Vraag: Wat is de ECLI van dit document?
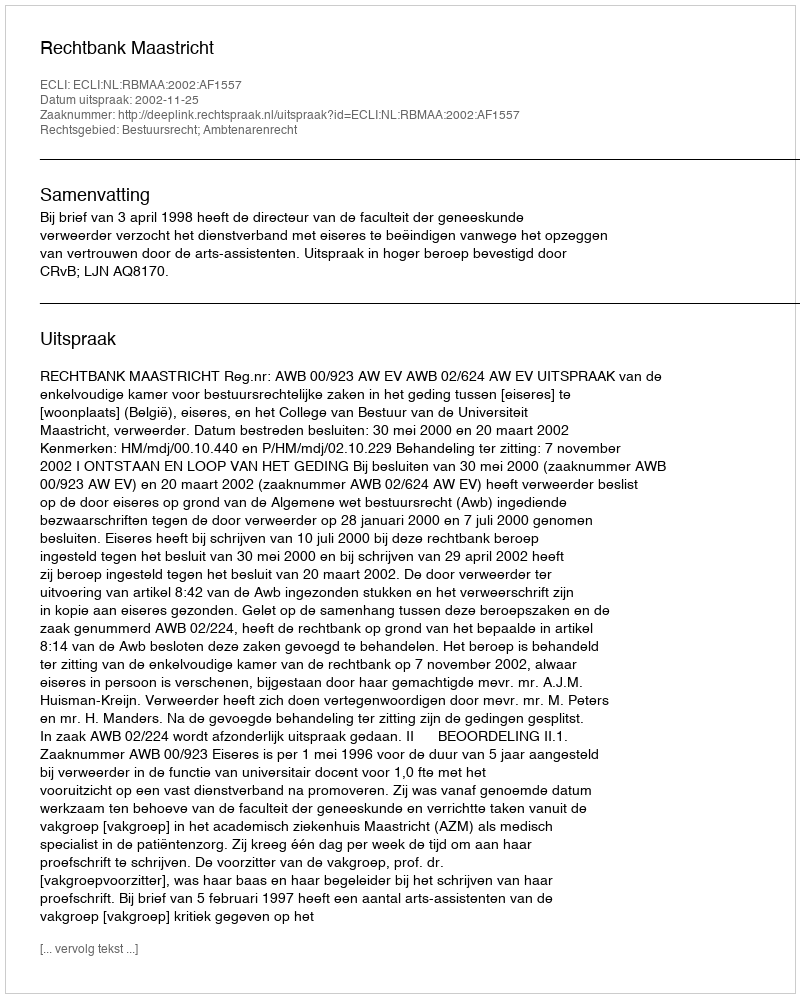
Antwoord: ECLI:NL:RBMAA:2002:AF1557